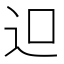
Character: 𨑕